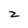
Character: z